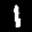
Label: 1